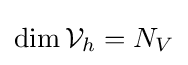
\dim {\mathcal {V}}_{h}=N_{V}